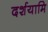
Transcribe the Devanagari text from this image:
दर्शयामि